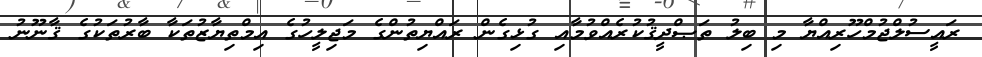
ރައީސުލްޖުމްހޫރިއްޔާ މި ބިލު ތަޞްދީޤުކުރެއްވުމާއި ގުޅިގެން ރައްޔިތުންގެ މަޖިލީހުގެ އިމްތިޔާޒުތަކާ ބާރުތަކުގެ ޤާނޫނު